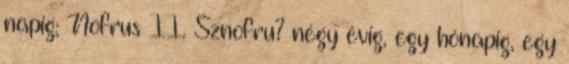
napig; Nofrus II. Sznofru? négy évig, egy hónapig, egy